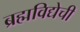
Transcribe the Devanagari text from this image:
ब्रह्मविद्येची